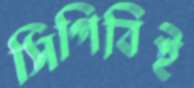
সিপিবিই